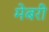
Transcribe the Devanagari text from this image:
मेबरी